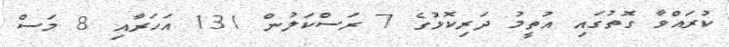
ކުރައްވާ ގޮތުގައި އުތީމު ދަރިކޮޅުގެ 7 ރަސްކަލުން 131 އަހަރާއި 8 މަސް